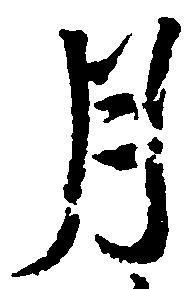
月